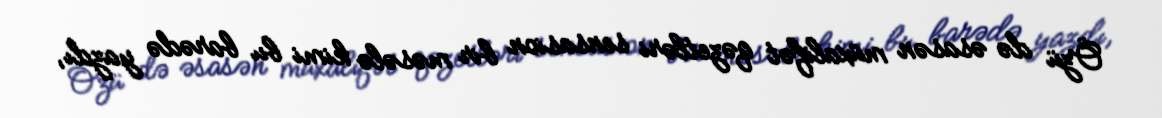
Özü də əsasən müxalifət qəzetləri sensasion bir məsələ kimi bu barədə yazdı,